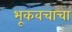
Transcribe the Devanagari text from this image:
भूकवचाचा